65_HS1-834228961_62-HQ-83894_Section_10
Agency: FBI
Page 121
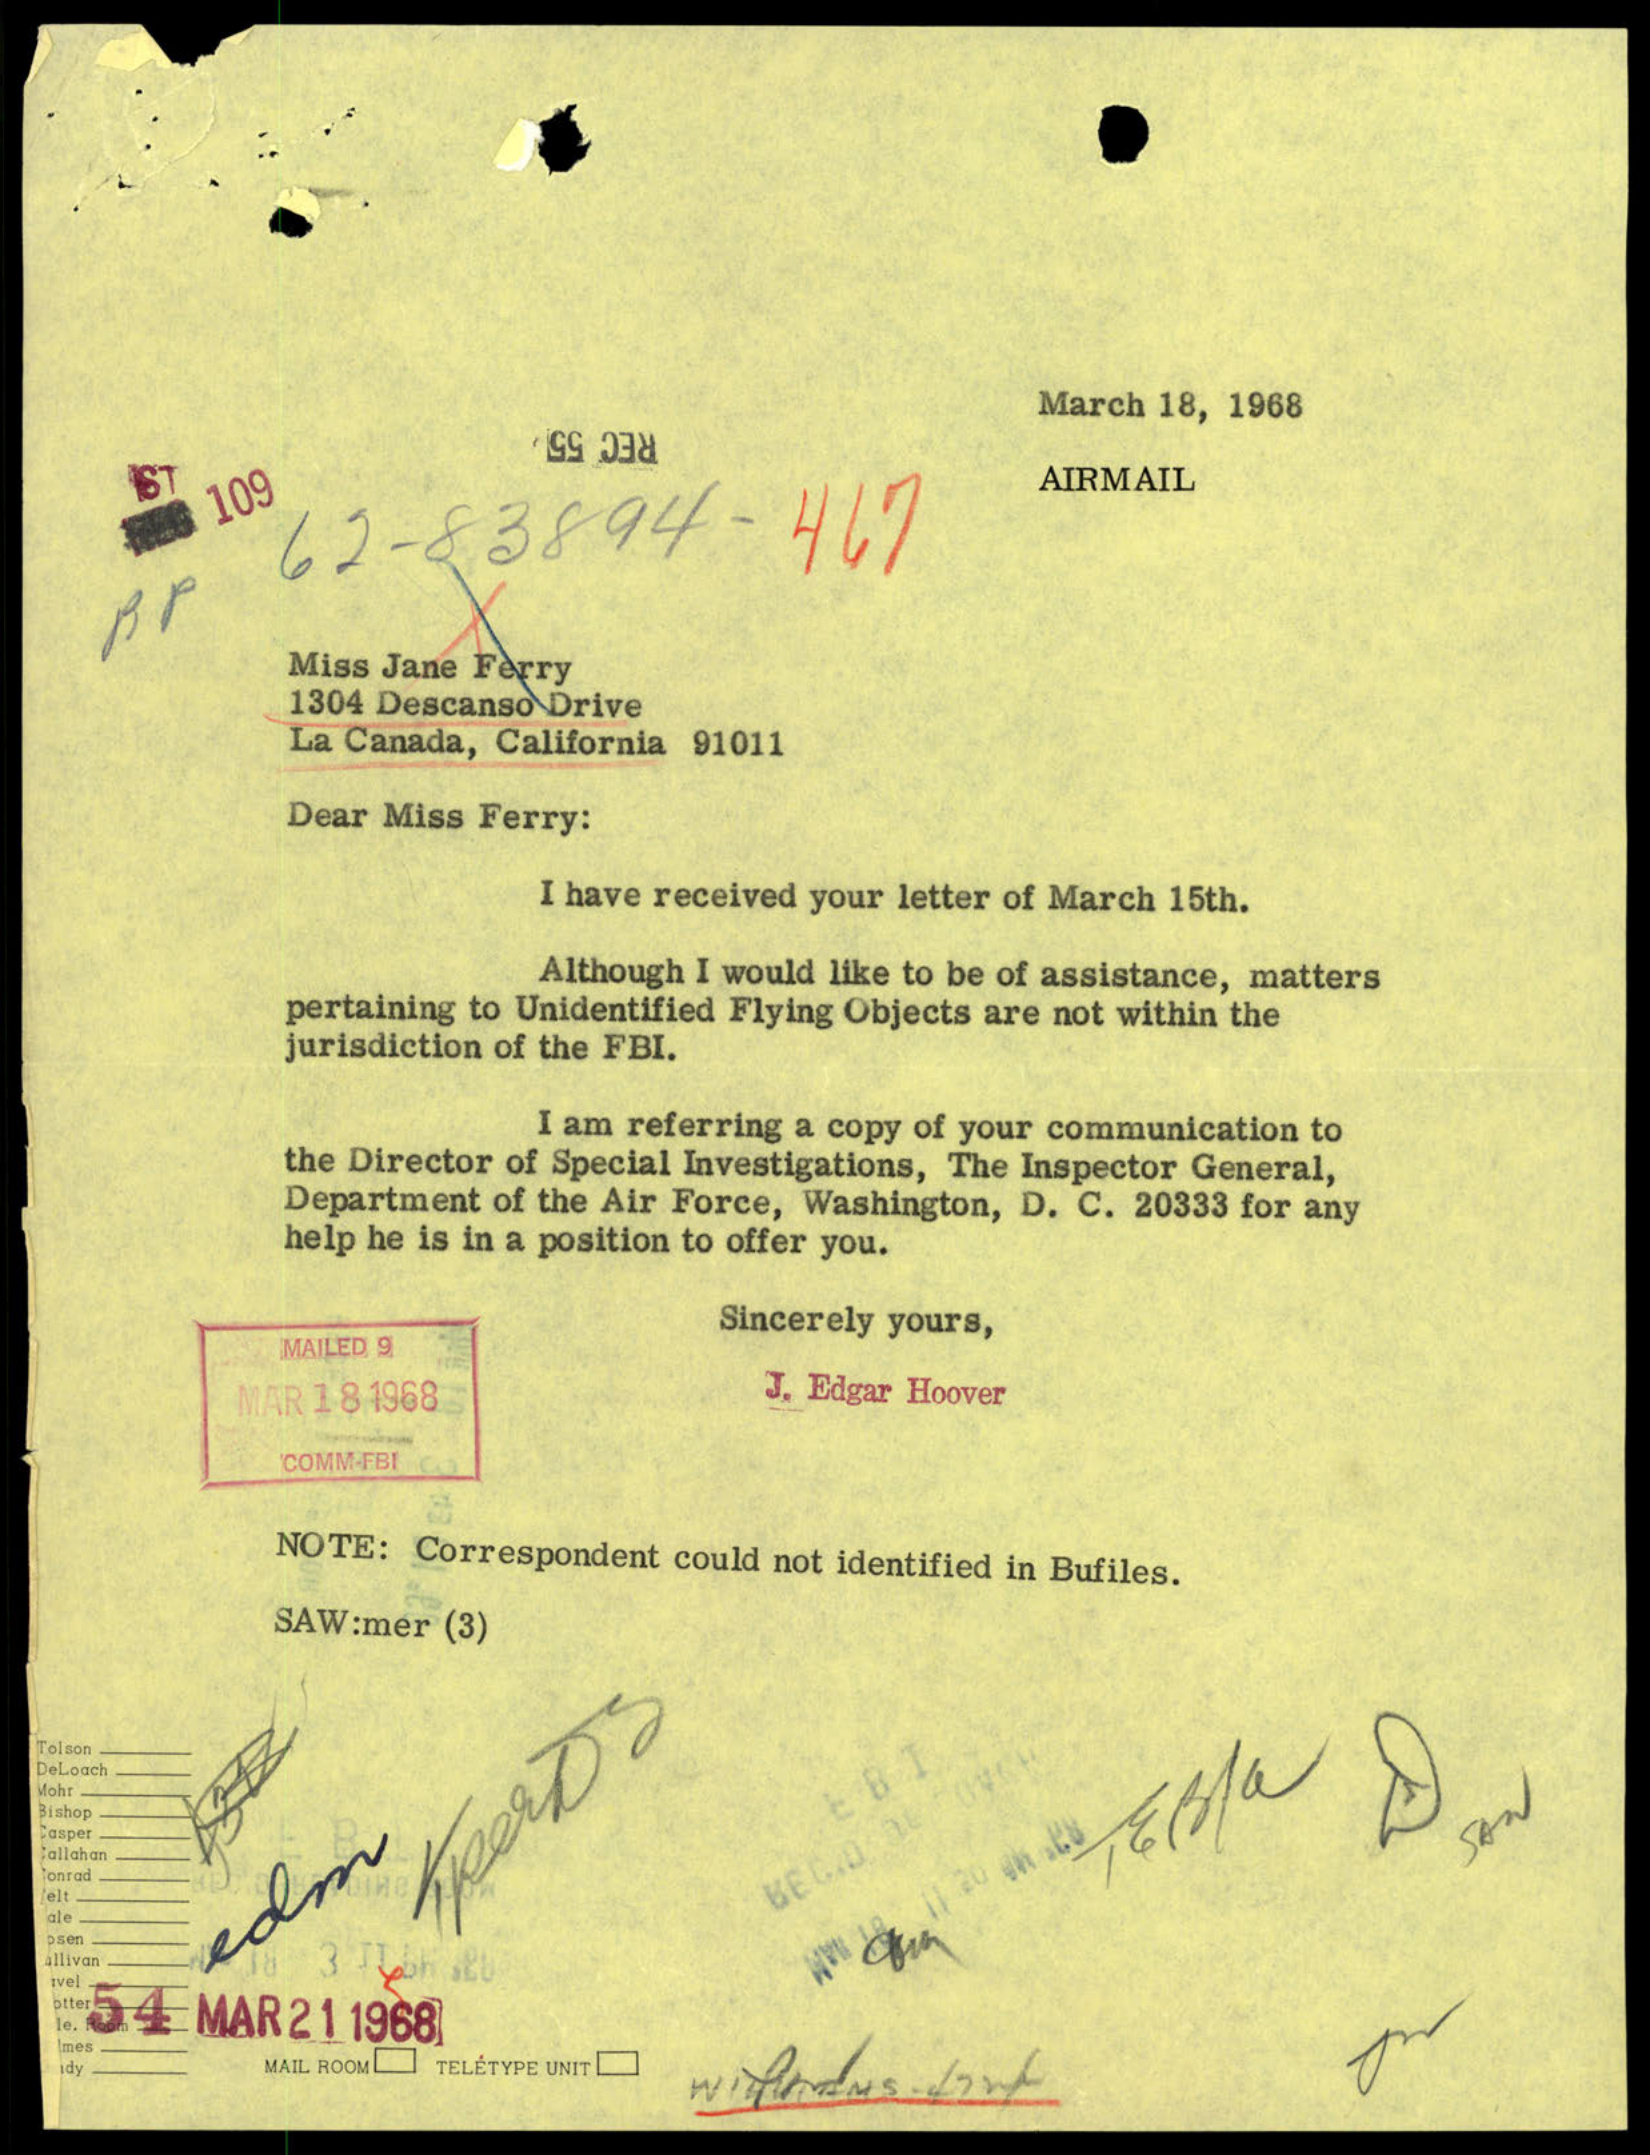